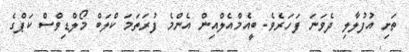
ތަށި އުފުލާލި ދެވަނަ ފަހަރެވެ. ބީއެމްއެލްއިން އެންމެ ފުރަތަމަ ކްލަބް މޯލްޑިވްސް ކަޕްގެ